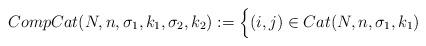
LaTeX: \begin{align*}CompCat(N,n,\sigma_1,k_1,\sigma_2,k_2):=\Bigl\{(i,j)\in Cat(N,n,\sigma_1,k_1)\end{align*}